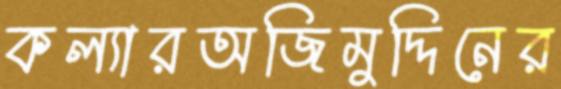
কল্যারঅজিমুদ্দিনের